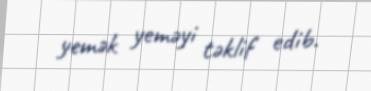
yemək yeməyi təklif edib.